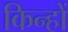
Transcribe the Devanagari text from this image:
किन्हों